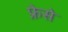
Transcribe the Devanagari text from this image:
फ्रेसे